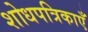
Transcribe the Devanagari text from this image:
शोधपत्रिकाएँ